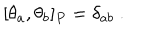
LaTeX: [ \theta _ { a } , \theta _ { b } ] _ { P } = \delta _ { a b } \ .